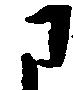
に